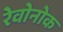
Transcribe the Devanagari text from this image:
रेवोनोक